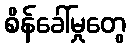
စိန်ခေါ်မှုတွေ